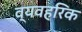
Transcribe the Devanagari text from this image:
व्यवहरिक